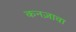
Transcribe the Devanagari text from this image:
कनज़ावा